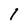
Character: 1